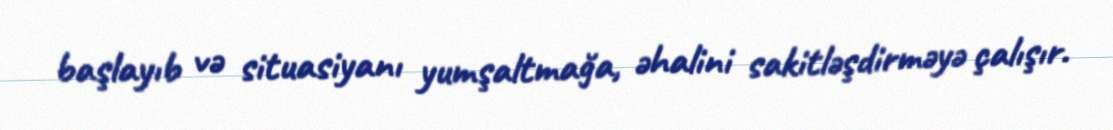
başlayıb və situasiyanı yumşaltmağa, əhalini sakitləşdirməyə çalışır.